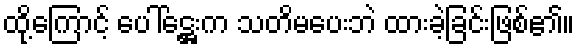
ထို့ကြောင့် ပေါ်ဋ္ဌေးက သတိမပေးဘဲ ထားခဲ့ခြင်းဖြစ်၏။